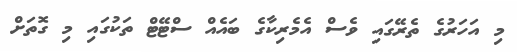
މި އަހަރުގެ ތެރޭގައި ވެސް އެމެރިކާގެ ބައެއް ސްޓޭޓް ތަކުގައި މި ގޮތަށް